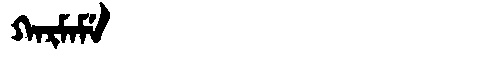
Manchu: ᡴᠠᡵᠮᠠᠮᡝ
Romanization: KARMAME